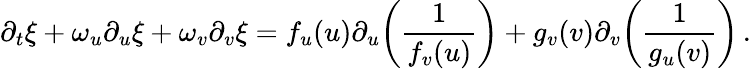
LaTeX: \partial_{t}\xi+\omega_{u}\partial_{u}\xi+\omega_{v}\partial_{v}\xi=f_{u}(u)\partial_{u}\! \left(\frac{1}{f_{v}(u)}\right)+g_{v}(v)\partial_{v}\! \left(\frac{1}{g_{u}(v)}\right)\, .